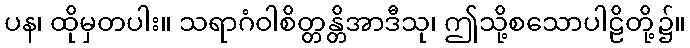
ပန၊ ထိုမှတပါး။ သရာဂံဝါစိတ္တန္တိအာဒီသု၊ ဤသို့စသောပါဠိတို့၌။